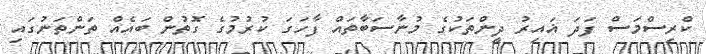
ކްރިސްމަސް ފަދަ ޣައިރު ދީންތަކުގެ މުނާސަބާތައް ފާހަގަ ކުރުމުގެ ގޮތުން ބައެއް ތަންތަނުގައި